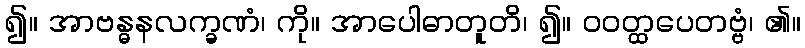
၍။ အာဗန္ဓနလက္ခဏံ၊ ကို။ အာပေါဓာတူတိ၊ ၍။ ဝဝတ္ထပေတဗ္ဗံ၊ ၏။